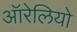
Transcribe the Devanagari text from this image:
ऑरेलियो